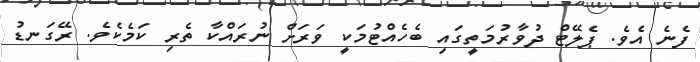
ފެނެ އެވެ. ޕެލޭޓް ދުވާރުމަތީގައި ބެހެއްޓުމަކީ ވަރަށް ނުރައްކާ ތެރި ކަމެކެވެ. ރޭގަނޑު